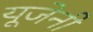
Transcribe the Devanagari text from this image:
यूजेनी